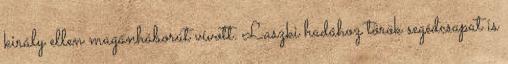
király ellen magánháborút vívott. Laszki hadához török segédcsapat is